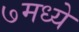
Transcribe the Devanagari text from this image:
७मध्ये